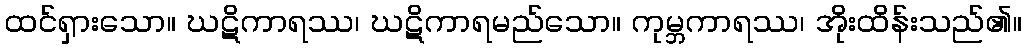
ထင်ရှားသော။ ဃဋိကာရဿ၊ ဃဋိကာရမည်သော။ ကုမ္ဘကာရဿ၊ အိုးထိန်းသည်၏။